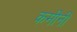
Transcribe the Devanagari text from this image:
कमीनी